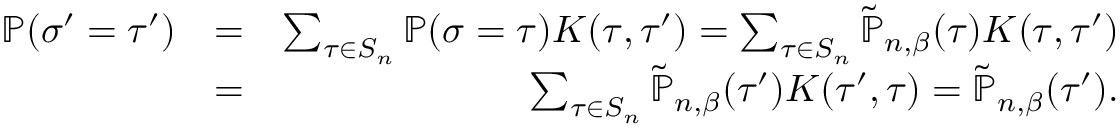
\begin{array} { r l r } { \mathbb { P } ( \sigma ^ { \prime } = \tau ^ { \prime } ) } & { = } & { \sum _ { \tau \in S _ { n } } \mathbb { P } ( \sigma = \tau ) K ( \tau , \tau ^ { \prime } ) = \sum _ { \tau \in S _ { n } } \tilde { \mathbb { P } } _ { n , \beta } ( \tau ) K ( \tau , \tau ^ { \prime } ) } \\ & { = } & { \sum _ { \tau \in S _ { n } } \tilde { \mathbb { P } } _ { n , \beta } ( \tau ^ { \prime } ) K ( \tau ^ { \prime } , \tau ) = \tilde { \mathbb { P } } _ { n , \beta } ( \tau ^ { \prime } ) . } \end{array}